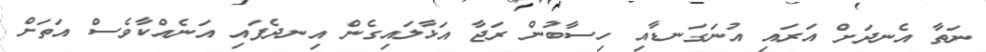
ނަތާ އެނދަށް އަރައި އުނަގަނޑާއި ހިސާބުން ރަޖާ އަޅާލައިގެން އިނދެފައި އަނެއްކާވެސް އަތަށް